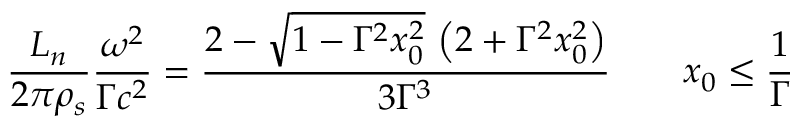
\frac { L _ { n } } { 2 \pi \rho _ { s } } \frac { \omega ^ { 2 } } { \Gamma c ^ { 2 } } = \frac { 2 - \sqrt { 1 - \Gamma ^ { 2 } x _ { 0 } ^ { 2 } } \, \left( 2 + \Gamma ^ { 2 } x _ { 0 } ^ { 2 } \right) } { 3 \Gamma ^ { 3 } } \qquad x _ { 0 } \leq \frac 1 \Gamma